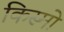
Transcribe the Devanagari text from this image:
किस्मो